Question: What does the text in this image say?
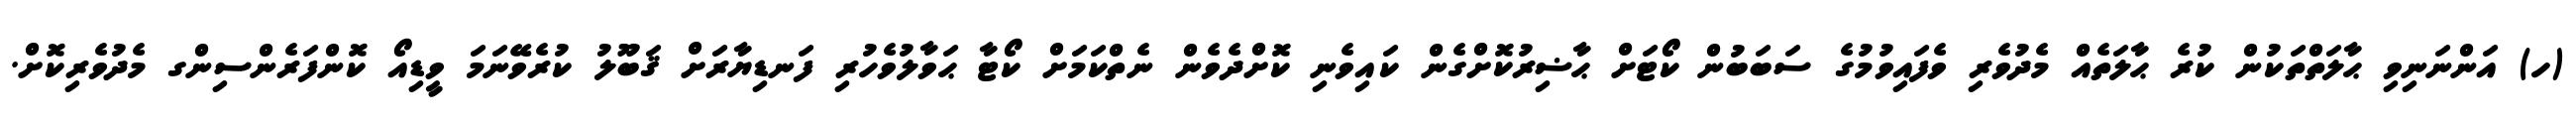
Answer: (ހ) އަންނަނިވި ޙާލަތްތަކުން ކުރެ ޙާލަތެއް މެދުވެރި ވެފައިވުމުގެ ސަބަބުން ކޯޓަށް ޙާޟިރުކޮށްގެން ކައިވެނި ކޮށްދެވެން ނެތްކަމަށް ކޯޓާ ޙަވާލުވެހުރި ފަނޑިޔާރަށް ޤަބޫލު ކުރެވޭނަމަ ވީޑިއޯ ކޮންފަރެންސިންގ މެދުވެރިކޮށް.